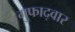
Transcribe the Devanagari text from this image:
गुफाद्वार